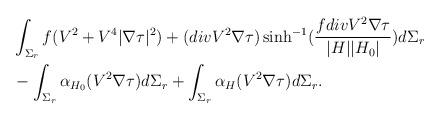
LaTeX: \begin{align*} &\int_{\Sigma_r } f(V ^2 + V ^4|\nabla \tau|^2) +( div V ^2 \nabla \tau) \sinh^{-1} ( \frac{f div V ^2 \nabla \tau}{|H||H_0|}) d\Sigma_r \\ &- \int_{\Sigma_r} \alpha_{H_0}(V ^2 \nabla \tau) d\Sigma _r + \int_{\Sigma_r} \alpha_{H}(V ^2 \nabla \tau)d\Sigma_r. \end{align*}